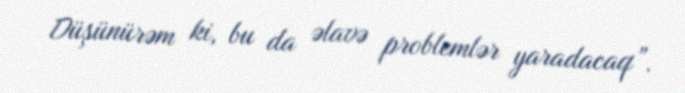
Düşünürəm ki, bu da əlavə problemlər yaradacaq”.